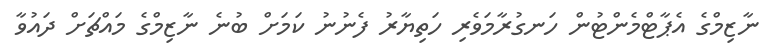
ނާޒިމްގެ އެޕާޓްމެންޓުން ހަނގުރާމަވެރި ހަތިޔާރު ފެނުނު ކަމަށް ބުނެ ނާޒިމްގެ މައްޗަށް ދައުވާ